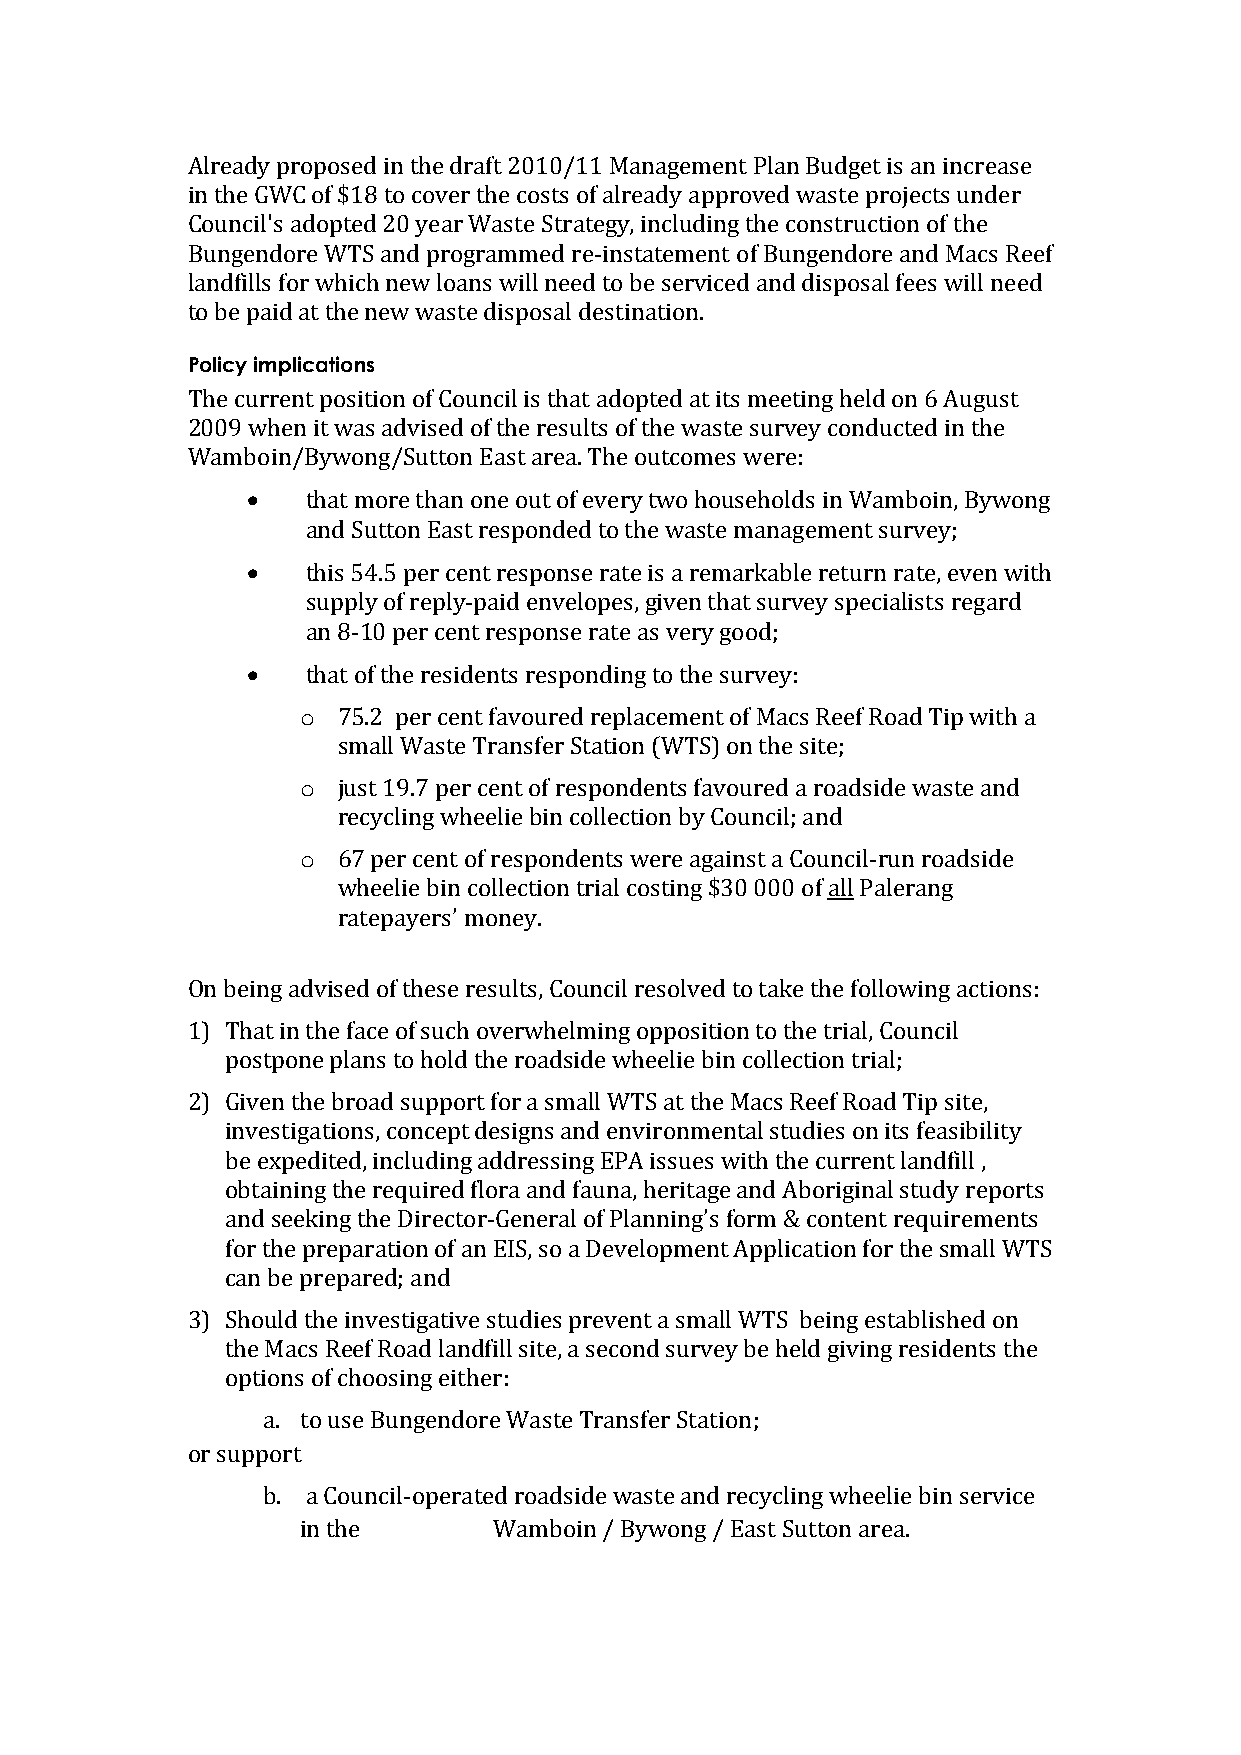
Already proposed in the draft 2010/11 Management Plan Budget is an increase
 in the GWC of $18 to cover the costs of already approved waste projects under
 Council's adopted 20 year Waste Strategy, including the construction of the
 Bungendore WTS and programmed re-instatement of Bungendore and Macs Reef
 landfills for which new loans will need to be serviced and disposal fees will need
 to be paid at the new waste disposal destination.
 Policy implications
 The current position of Council is that adopted at its meeting held on 6 August
 2009 when it was advised of the results of the waste survey conducted in the
 Wamboin/Bywong/Sutton East area. The outcomes were:
    that more than one out of every two households in Wamboin, Bywong
 and Sutton East responded to the waste management survey;
    this 54.5 per cent response rate is a remarkable return rate, even with
 supply of reply-paid envelopes, given that survey specialists regard
 an 8-10 per cent response rate as very good;
    that of the residents responding to the survey:
 o 75.2 per cent favoured replacement of Macs Reef Road Tip with a
 small Waste Transfer Station (WTS) on the site;
 o just 19.7 per cent of respondents favoured a roadside waste and
 recycling wheelie bin collection by Council; and
 o 67 per cent of respondents were against a Council-run roadside
 wheelie bin collection trial costing $30 000 of all Palerang
 ratepayers’ money.
 On being advised of these results, Council resolved to take the following actions:
 1) That in the face of such overwhelming opposition to the trial, Council
 postpone plans to hold the roadside wheelie bin collection trial;
 2) Given the broad support for a small WTS at the Macs Reef Road Tip site,
 investigations, concept designs and environmental studies on its feasibility
 be expedited, including addressing EPA issues with the current landfill ,
 obtaining the required flora and fauna, heritage and Aboriginal study reports
 and seeking the Director-General of Planning’s form & content requirements
 for the preparation of an EIS, so a Development Application for the small WTS
 can be prepared; and
 3) Should the investigative studies prevent a small WTS being established on
 the Macs Reef Road landfill site, a second survey be held giving residents the
 options of choosing either:
 a. to use Bungendore Waste Transfer Station;
 or support
 b. a Council-operated roadside waste and recycling wheelie bin service
 in the       Wamboin / Bywong / East Sutton area.